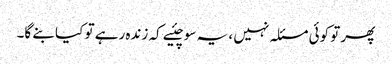
پھر تو کوئی مسئلہ نہیں ، یہ سوچئیے کہ زندہ رہے تو کیا بنے گا۔